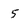
Character: 5